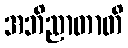
အဘိညာတာတိ